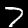
Label: 7